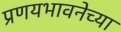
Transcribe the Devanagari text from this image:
प्रणयभावनेच्या